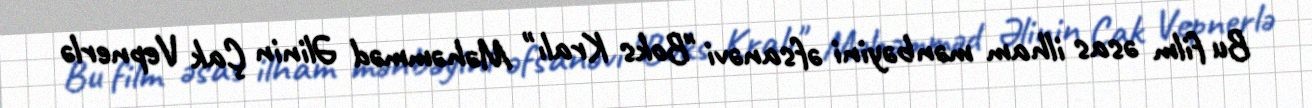
Bu film əsas ilham mənbəyini əfsanəvi "Boks Kralı" Məhəmməd Əlinin Çak Vepnerlə